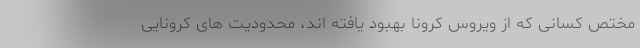
مختص کسانی که از ویروس کرونا بهبود یافته اند، محدودیت های کرونایی